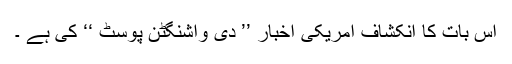
اس بات کا انکشاف امریکی اخبار ’’ دی واشنگٹن پوسٹ ‘‘ کی ہے ۔